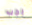
يجب